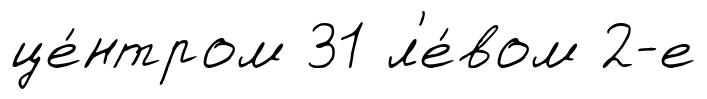
це́нтром 31 л'е́вом 2-е